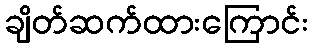
ချိတ်ဆက်ထားကြောင်း